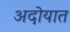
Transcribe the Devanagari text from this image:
अदोयात